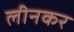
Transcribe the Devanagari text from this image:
लीनकर